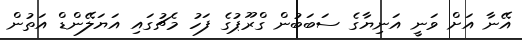
އޭނާ އަށް ވަނީ އަނިޔާގެ ސަބަބުން ގްރޫޕުގެ ފަހު މެޗުގައި އަޔަލޭންޑް އަތުން